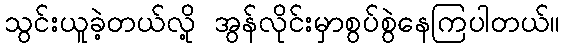
သွင်းယူခဲ့တယ်လို့ အွန်လိုင်းမှာစွပ်စွဲနေကြပါတယ်။